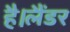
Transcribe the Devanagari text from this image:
है।लैंडर